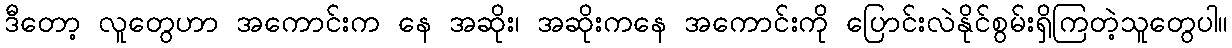
ဒီတော့ လူတွေဟာ အကောင်းက နေ အဆိုး၊ အဆိုးကနေ အကောင်းကို ပြောင်းလဲနိုင်စွမ်းရှိကြတဲ့သူတွေပါ။